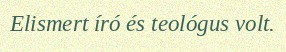
Elismert író és teológus volt.